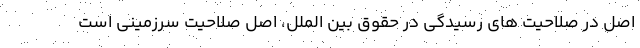
اصل در صلاحیت های رسیدگی در حقوق بین الملل، اصل صلاحیت سرزمینی است